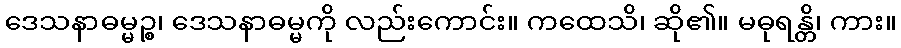
ဒေသနာဓမ္မဉ္စ၊ ဒေသနာဓမ္မကို လည်းကောင်း။ ကထေသိ၊ ဆို၏။ မဓုရန္တိ၊ ကား။